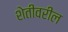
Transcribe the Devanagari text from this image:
शेतीवरील